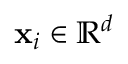
\mathbf x _ { i } \in \mathbb R ^ { d }